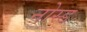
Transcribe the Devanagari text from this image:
नोस्ड